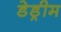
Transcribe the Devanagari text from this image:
डेड्रीम